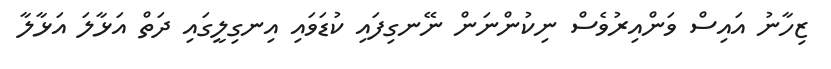
ޒިހާނު އައިސް ވަންއިރުވެސް ނިކުންނަން ނޭނގިފައި ކުޑަވައި އިނގިލީގައި ދަތް އަޅާލަ އަޅާލާ